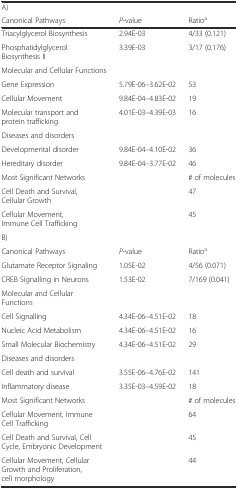
| <COLSPAN=3> A) |
 | Canonical Pathways | P-value | Ratioa |
 | --- | --- | --- |
 | Triacylglycerol Biosynthesis | 2.94E-03 | 4/33 (0.121) |
 | Phosphatidylglycerol Biosynthesis II | 3.39E-03 | 3/17 (0.176) |
 | Molecular and Cellular Functions |  |  |
 | Gene Expression | 5.79E-06–3.62E-02 | 53 |
 | Cellular Movement | 9.84E-04–4.83E-02 | 19 |
 | Molecular transport and protein trafficking | 4.01E-03–4.39E-03 | 16 |
 | Diseases and disorders |  |  |
 | Developmental disorder | 9.84E-04–4.10E-02 | 36 |
 | Hereditary disorder | 9.84E-04–3.77E-02 | 46 |
 | Most Significant Networks |  | # of molecules |
 | Cell Death and Survival, Cellular Growth |  | 47 |
 | Cellular Movement, Immune Cell Trafficking |  | 45 |
 | <COLSPAN=3> B) |
 | Canonical Pathways | P-value | Ratioa |
 | Glutamate Receptor Signaling | 1.05E-02 | 4/56 (0.071) |
 | CREB Signalling in Neurons | 1.53E-02 | 7/169 (0.041) |
 | Molecular and Cellular Functions |  |  |
 | Cell Signalling | 4.34E-06–4.51E-02 | 18 |
 | Nucleic Acid Metabolism | 4.34E-06–4.51E-02 | 16 |
 | Small Molecular Biochemistry | 4.34E-06–4.51E-02 | 29 |
 | Diseases and disorders |  |  |
 | Cell death and survival | 3.55E-06–4.76E-02 | 141 |
 | Inflammatory disease | 3.35E-03–4.59E-02 | 18 |
 | Most Significant Networks |  | # of molecules |
 | Cellular Movement, Immune Cell Trafficking |  | 64 |
 | Cell Death and Survival, Cell Cycle, Embryonic Development |  | 45 |
 | Cellular Movement, Cellular Growth and Proliferation, cell morphology |  | 44 |